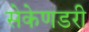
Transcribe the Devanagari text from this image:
सेकेणडरी